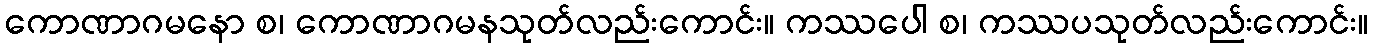
ကောဏာဂမနော စ၊ ကောဏာဂမနသုတ်လည်းကောင်း။ ကဿပေါ စ၊ ကဿပသုတ်လည်းကောင်း။